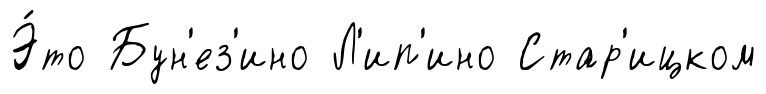
Э́то Бун'ез'ино Л'ип'ино Стар'ицком